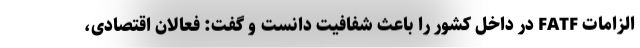
الزامات FATF در داخل کشور را باعث شفافیت دانست و گفت: فعالان اقتصادی،‌